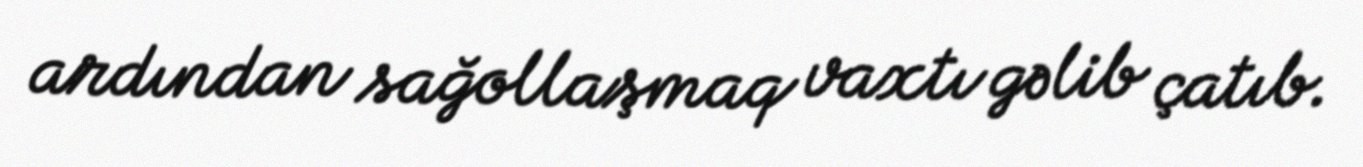
ardından sağollaşmaq vaxtı gəlib çatıb.